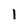
Character: 1